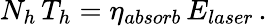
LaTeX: N_{h}\, T_{h}=\eta_{absorb}\, E_{laser}\, .